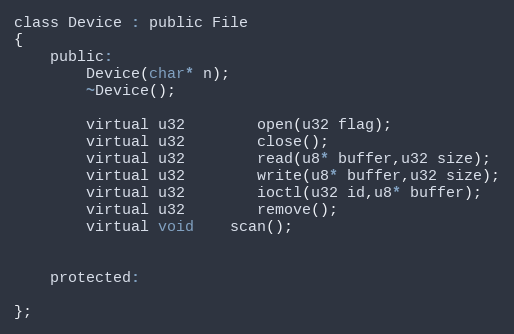
Language: C
class Device : public File
{
	public:
		Device(char* n);
		~Device();

		virtual u32		open(u32 flag);
		virtual u32		close();
		virtual u32		read(u8* buffer,u32 size);
		virtual u32		write(u8* buffer,u32 size);
		virtual u32		ioctl(u32 id,u8* buffer);
		virtual u32		remove();
		virtual void	scan();

	protected:

};